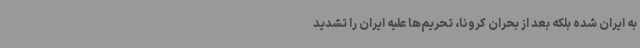
به ایران شده بلکه بعد از بحران کرونا، تحریم‌ها علیه ایران را تشدید